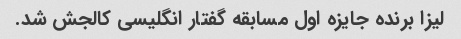
لیزا برنده جایزه اول مسابقه گفتار انگلیسی کالجش شد.